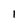
Character: 1